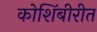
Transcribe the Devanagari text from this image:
कोशिंबीरीत